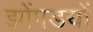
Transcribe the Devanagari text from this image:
झोंपडयों